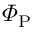
\varPhi _ { \mathrm { P } }